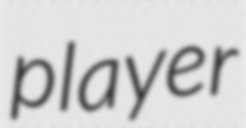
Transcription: player